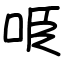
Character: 𠱸